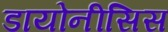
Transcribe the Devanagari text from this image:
डायोनीसिस